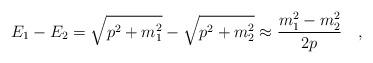
LaTeX: \begin{align*}E_1 -E_2 =\sqrt{p^2 +m_1^2}-\sqrt{p^2 +m_2^2} \approx \frac{m_1^2 -m_2^2}{2p}\quad,\end{align*}